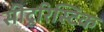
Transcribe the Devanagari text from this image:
सीटूरिस्टिक